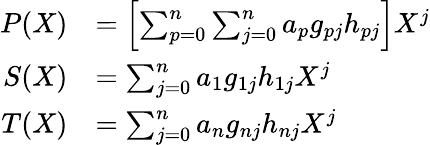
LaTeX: \begin{array}{rl}{P(X)}&{=\left[\sum_{p=0}^{n}\sum_{j=0}^{n}a_{p}g_{pj}h_{pj}\right]X^{j}}\\ {S(X)}&{=\sum_{j=0}^{n}a_{1}g_{1j}h_{1j}X^{j}}\\ {T(X)}&{=\sum_{j=0}^{n}a_{n}g_{nj}h_{nj}X^{j}}\end{array}